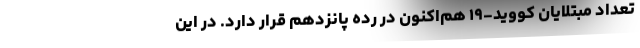
تعداد مبتلایان کووید-۱۹ هم‌اکنون در رده پانزدهم قرار دارد. در این